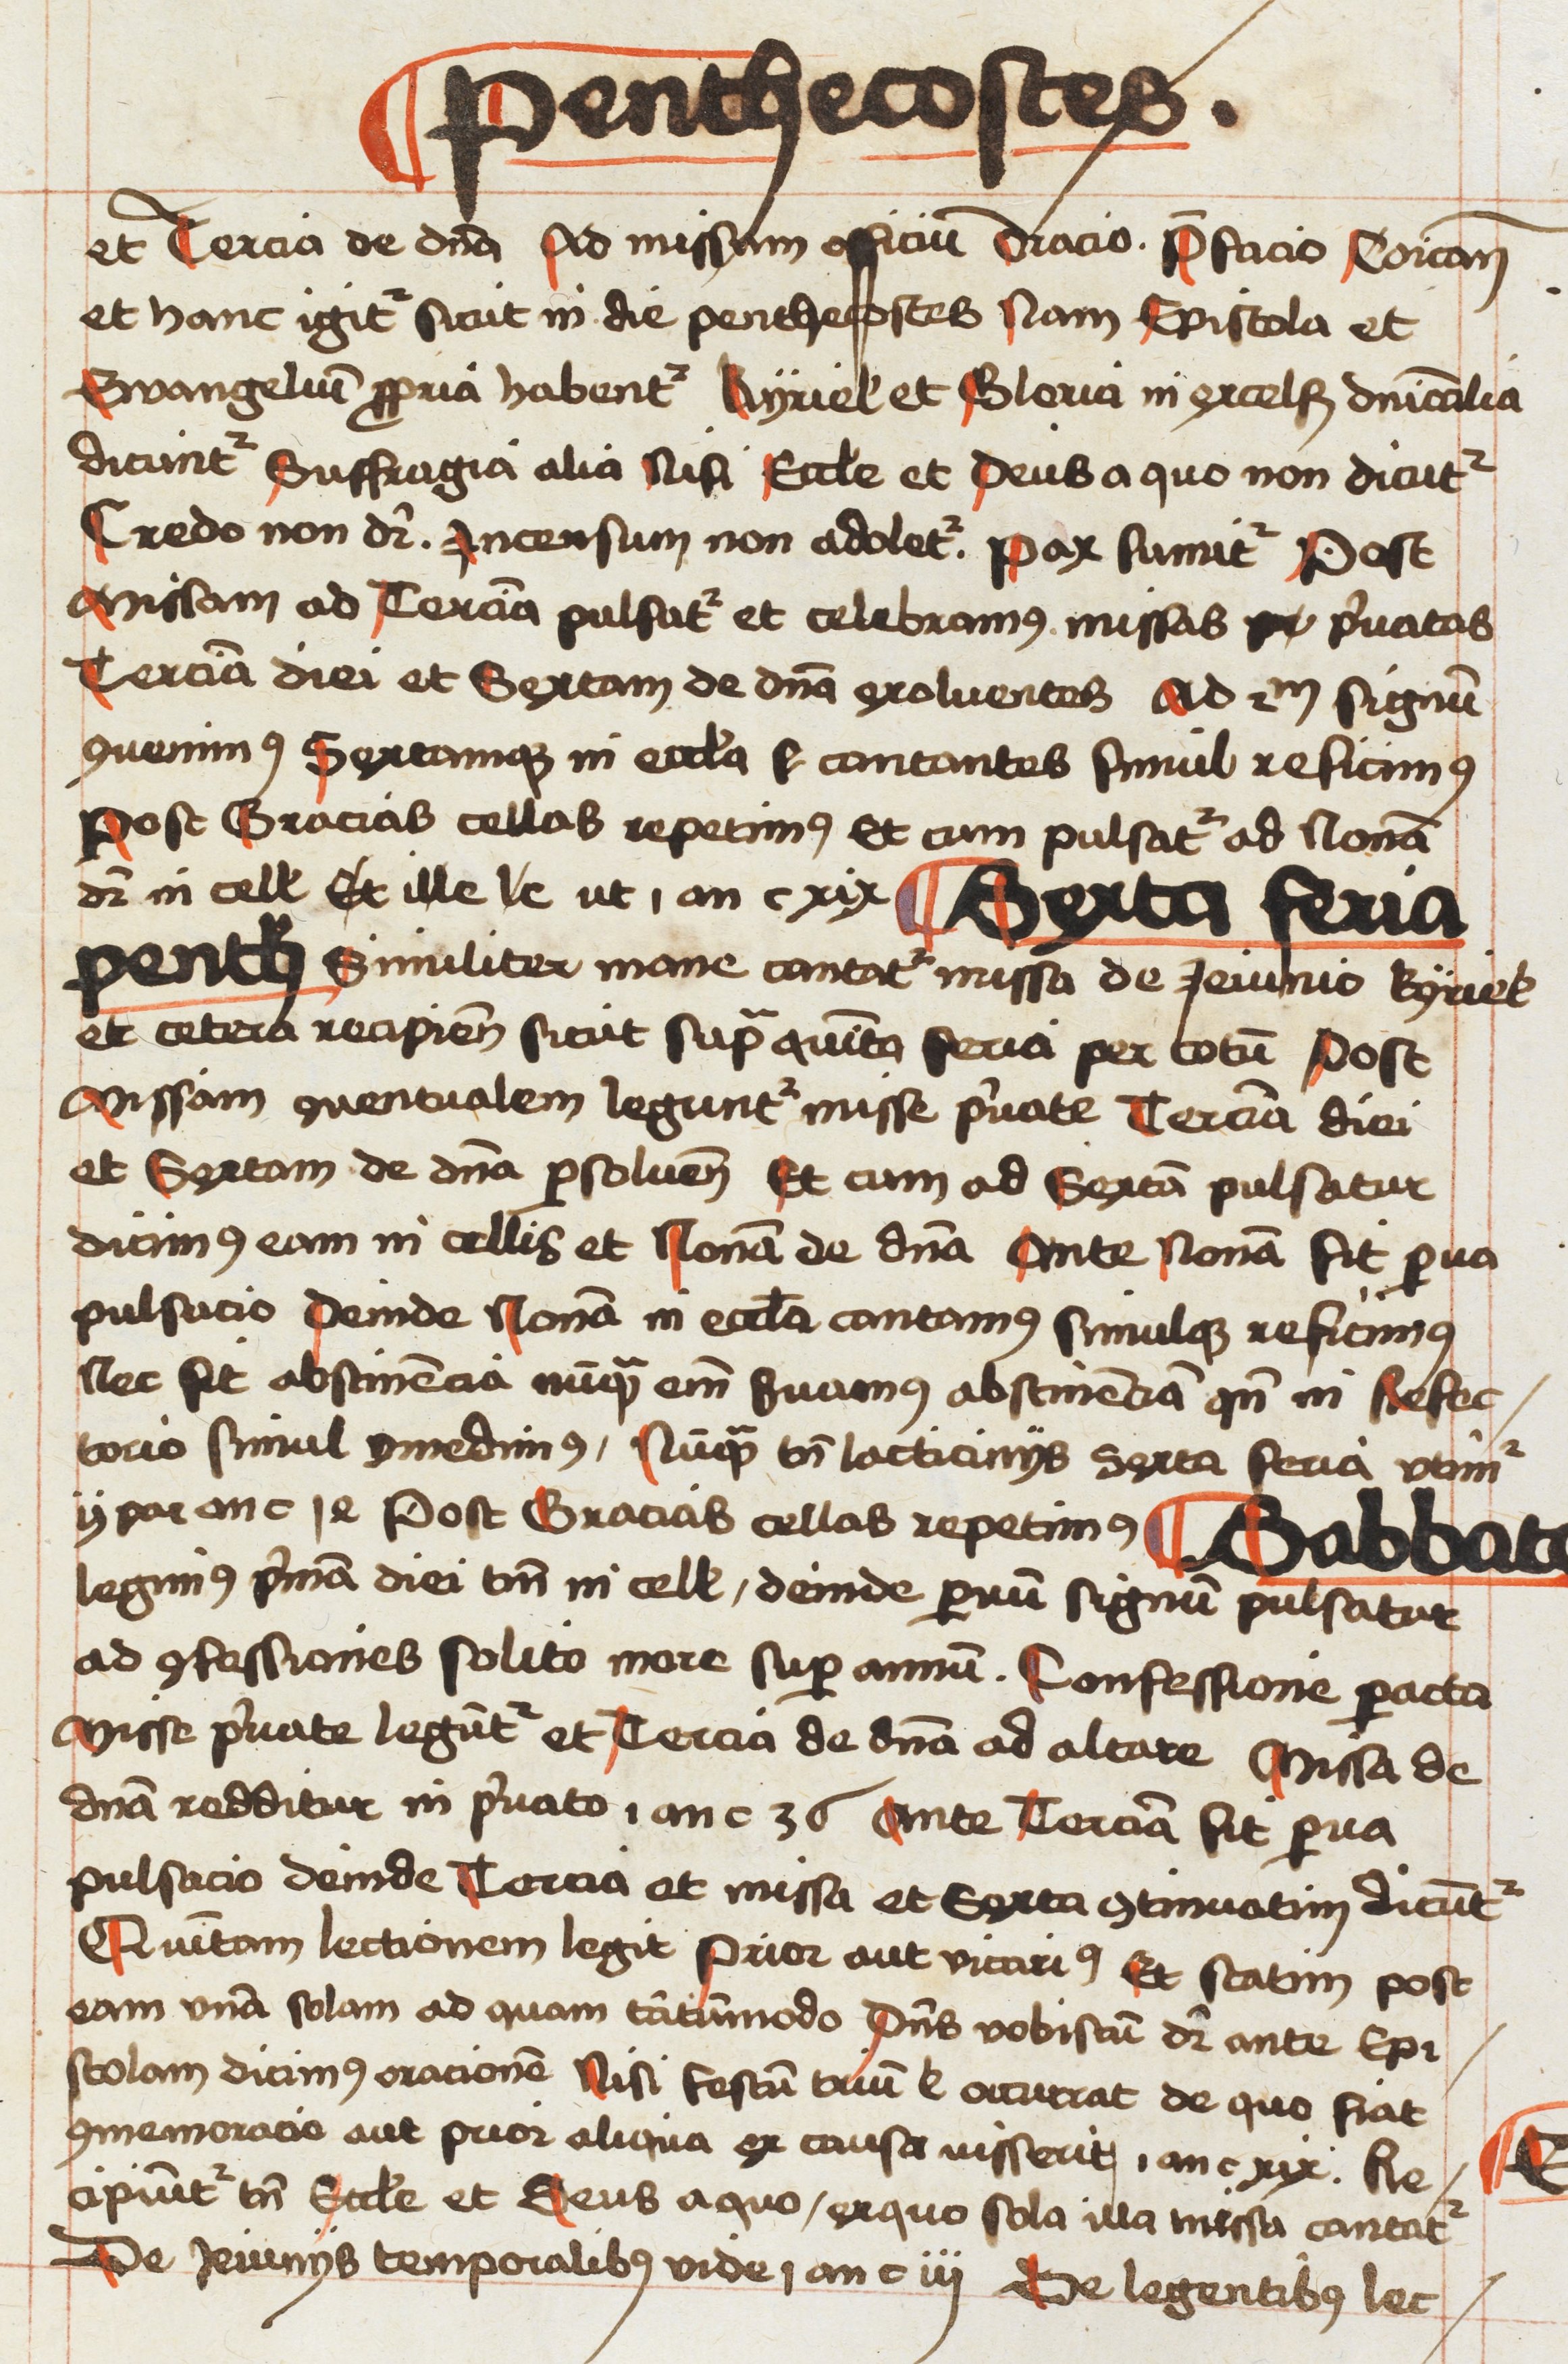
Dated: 1496–1498